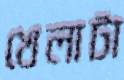
খেলাটা